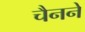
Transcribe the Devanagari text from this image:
चैनने